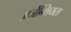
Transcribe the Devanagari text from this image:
अर्जेन्शियस